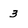
Character: 3